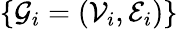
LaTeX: \{ \mathcal{G}_{i}=(\mathcal{V}_{i},\mathcal{E}_{i})\}